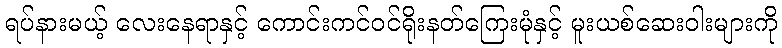
ရပ်နားမယ့် လေးနေရာနှင့် ကောင်းကင်ဝင်ရိုးနတ်ကြေးမုံနှင့် မူးယစ်ဆေးဝါးများကို